Lunatic asylums in Bengal annual reports 1912-1924 - 1912-1924
Year: 1912
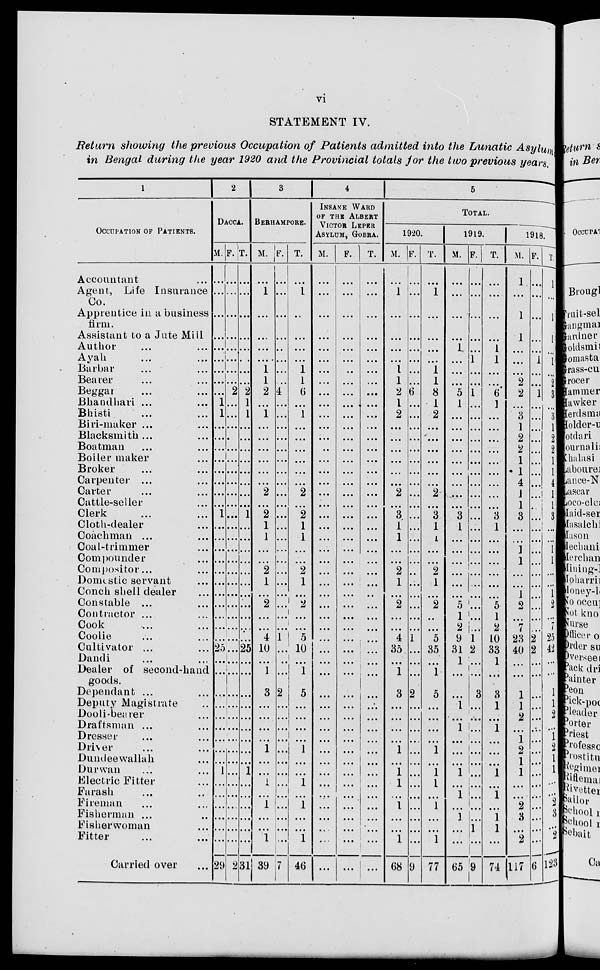
vi
STATEMENT IV.
Return showing the previous Occupation of Patients admitted into the Lunatic Asylum
in Bengal during the year 1920 and the Provincial totals for the two previous years.
1
OCCUPATION OF PATIENTS.
Accountant ... ...
Agent, Life Insurance
Co.
Apprentice in a business
firm.
Assistant to a Jute Mill
Author ... ...
Ayah ... ...
Barber ... ...
Bearer ... ...
Beggar ... ...
Bhandhari ... ...
Bhisti ... ...
Biri-maker ... ...
Blacksmith ... ...
Boatman ... ...
Boiler maker ...
Broker ... ...
Carpenter ... ...
Carter ... ...
Cattle-seller ... ...
Clerk
...
...
Cloth-dealer ... ...
Coachman ... ...
Coal-trimmer ... ...
Compounder ... ...
Compositor ... ...
Domestic servant ... ...
Conch shell dealer ...
Constable ... ...
Contractor ... ...
Cook ... ...
Coolie ... ...
Cultivator ... ...
Dandi ... ...
Dealer of second-hand
goods.
Dependant ... ...
Deputy Magistrate ...
Dooli-bearer ...
Draftsman ... ...
Dresser ... ...
Driver ... ...
Dundee wallah ...
Durwan ... ...
Electric Fitter ...
Farash ... ...
Fireman ... ...
Fisherman ... ...
Fisherwoman ... ...
Fitter ... ...
Carried over ...
2
DACCA.
M.
...
...
...
...
...
...
...
...
...
1
1
...
...
...
...
...
...
...
...
1
...
...
...
...
...
...
...
...
...
...
...
25
...
...
...
...
...
...
...
...
...
1
...
...
...
...
...
...
28
F.
...
...
...
...
...
...
...
...
2
...
...
...
...
...
...
...
...
...
...
...
...
...
...
...
...
...
...
...
...
...
...
...
...
...
...
...
...
...
...
...
...
...
...
...
...
...
...
...
2
T.
...
...
...
...
...
...
...
...
2
1
1
...
...
...
...
...
...
...
...
1
...
...
...
...
...
...
...
...
...
...
...
25
...
...
...
...
...
...
...
...
...
1
...
...
...
...
...
...
31
3
BERHAMPORE.
M.
...
1
...
...
...
...
1
1
2
...
1
...
...
...
...
...
...
2
...
2
1
1
...
...
2
1
...
2
...
...
4
10
...
1
3
...
...
...
...
1
...
...
1
...
1
...
...
1
39
F.
...
...
...
...
...
...
...
...
4
...
...
...
...
...
...
...
...
...
...
...
...
...
...
...
...
...
...
...
...
...
1
...
...
...
2
...
...
...
...
...
...
...
...
...
...
...
...
...
7
T.
...
1
...
...
...
...
1
1
6
...
1
...
...
...
...
...
...
2
...
2
1
1
...
...
2
1
...
2
...
...
5
10
...
1
5
...
...
...
...
1
...
...
1
...
1
...
...
1
46
4
INSANE WARD
OF THE ALBERT
VICTOR LEPER
ASYLUM, GOBRA.
M.
...
...
...
...
...
...
...
...
...
...
...
...
...
...
...
...
...
...
...
...
...
...
...
...
...
...
...
...
...
...
...
...
...
...
...
...
...
...
...
...
...
...
...
...
...
...
...
...
...
F.
...
...
...
...
...
...
...
...
...
...
...
...
...
...
...
...
...
...
...
...
...
...
...
...
...
...
...
...
...
...
...
...
...
...
...
...
...
...
...
...
...
...
...
...
...
...
...
...
...
T.
...
...
...
...
...
...
...
...
...
...
...
...
...
...
...
...
...
...
...
...
...
...
...
...
...
...
...
...
...
...
...
...
...
...
...
...
...
...
...
...
... ...
...
...
...
...
...
...
...
5
TOTAL.
1920.
M.
...
1
...
...
...
...
1
1
2
1
2
...
...
...
...
...
...
2
...
3
1
1
...
...
2
1
...
2
...
...
4
35
...
1
3
...
...
...
...
1
...
1
1
...
1
...
...
1
68
F.
...
...
...
...
...
...
...
...
6
...
...
...
...
...
...
...
...
...
...
...
...
...
...
...
...
...
...
...
...
...
1
...
...
...
2
...
...
...
...
...
...
...
...
...
...
...
...
...
9
T.
...
1
...
...
...
...
1
1
8
1
2
...
...
...
...
...
...
2
...
3
1
1
...
...
2
1
...
2
...
...
5
35
...
1
5
...
...
...
...
1
...
1
1
...
1
...
...
1
77
1919.
M.
...
...
...
...
1
...
...
...
5
1
...
...
...
...
...
...
...
...
...
3
1
...
...
...
...
...
...
5
1
2
9
31
1
...
...
1
...
1
...
...
...
1
...
1
...
1
...
...
65
F.
...
...
...
...
...
1
...
...
1
...
...
...
...
...
...
...
...
...
...
...
...
...
...
...
...
...
...
...
...
...
1
2
...
...
3
...
...
...
...
...
...
...
...
...
...
...
1
...
9
T.
...
...
...
...
1
1
...
...
6
1
...
...
...
...
...
...
...
...
...
3
1
...
...
...
...
...
...
5
1
2
10
33
1
...
3
1
...
1
...
...
...
1
...
1
...
1
1
...
74
1918.
M.
1
...
1
1
...
...
...
2
2
...
3
1
2
2
1
1
4
1
1
3
...
...
1
1
...
...
1
2
...
7
23
40
...
...
1
1
2
...
1
2
1
1
...
...
2
3
...
2
117
F.
...
...
...
...
...
1
...
...
1
...
...
...
...
...
...
...
...
...
...
...
...
...
...
...
...
...
...
...
...
...
2
2
...
...
...
...
...
...
...
...
...
...
...
...
...
...
...
...
6
T.
1
...
1
1
...
1
...
2
3
...
3
1
2
2
1
1
4
1
1
3
...
...
1
1
...
...
1
2
...
7
25
42
...
...
1
1
2
...
1
2
1
1
...
...
2
3
... 2
123